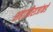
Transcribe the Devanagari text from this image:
शहाजीराजांकडे